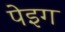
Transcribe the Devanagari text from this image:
पेइग